Mental hospitals Bombay report 1921-28 - 1921-1928
Year: 1921
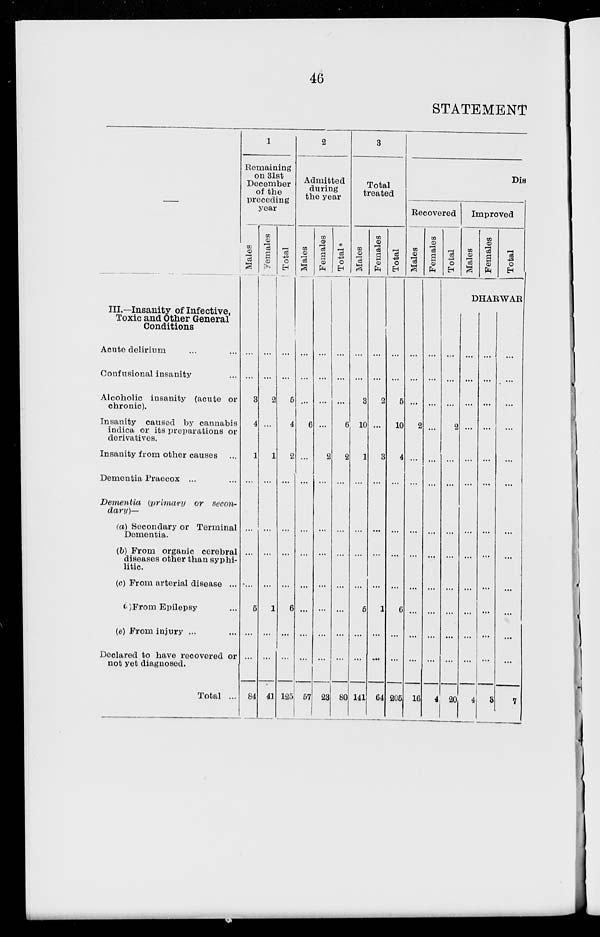
46
STATEMENT
—
III.—Insanity of Infective,
Toxic and Other General
Conditions
Acute delirium ... ...
Confusional insanity ...
Alcoholic insanity (acute or
chronic).
Insanity caused by cannabis
indica or its preparations or
derivatives.
Insanity from other causes ...
Dementia Praecox ... ...
Dementia
(primary
or secon-
dary)—
(a) Secondary or Terminal
Dementia.
(b) From organic cerebral
diseases other than syphi-
litic.
(c) From arterial disease ...
(d)From Epilepsy ...
(e) From injury ... ...
Declared to have recovered or
not yet diagnosed.
Total ...
1
Remaining
on 31st
December
of the
preceding
year
Males
...
...
3
4
1
...
...
...
...
5
...
...
84
Females
...
...
2
...
1
...
...
...
...
1
...
...
41
Total
...
...
5
4
2
...
...
...
...
6
...
...
125
2
Admitted
during
the year
Males
...
...
...
6
...
...
...
...
...
...
...
...
57
Females
...
...
...
...
2
...
...
...
...
...
...
...
23
Total
...
...
...
6
2
...
...
...
...
...
...
...
80
3
Total
treated
Males
...
...
3
10
1
...
...
...
...
5
...
...
141
Females
...
...
2
...
3
...
...
...
...
1
...
...
64
Total
...
...
5
10
4
...
...
...
...
6
...
...
205
Dis
Recovered
Males
...
...
...
2
...
...
...
...
...
...
...
...
16
Females
...
...
...
...
...
...
...
...
...
...
...
...
4
Total
...
...
...
2
...
...
...
...
...
...
...
...
20
Improved
Males
Females
Total
DHARWAR
...
...
...
...
...
...
...
...
...
...
...
...
4
...
...
...
...
...
...
...
...
...
...
...
...
3
...
...
...
...
...
...
...
...
...
...
...
...
7